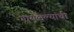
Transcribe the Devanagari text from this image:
गायलेल्यांची